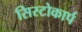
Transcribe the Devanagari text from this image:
सिस्टोकार्प